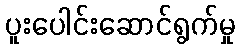
ပူးပေါင်းဆောင်ရွက်မှု